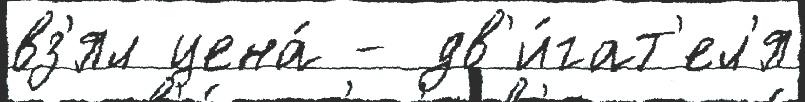
вз'ял цена́ - дв'и́гат'ел'я